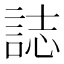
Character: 誌